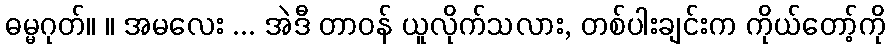
ဓမ္မဂုတ်။ ။ အမလေး ... အဲဒီ တာဝန် ယူလိုက်သလား, တစ်ပါးချင်းက ကိုယ်တော့်ကို